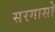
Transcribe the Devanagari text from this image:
सरगासो